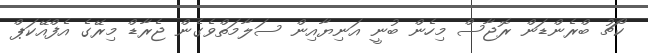
ކޯޗު ބްރެންޑަން ރޮޖާސް މިހެން ބުނީ އަނިޔާއިން ސަލާމަތްވެގެން ޖެރާޑް މިރޭގެ އެފްއޭކަޕް